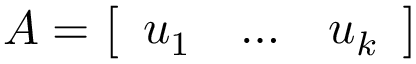
A = { \left[ \begin{array} { l l l } { u _ { 1 } } & { \ldots } & { u _ { k } } \end{array} \right] }